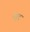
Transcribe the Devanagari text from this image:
मेबूद